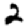
Digit: 2